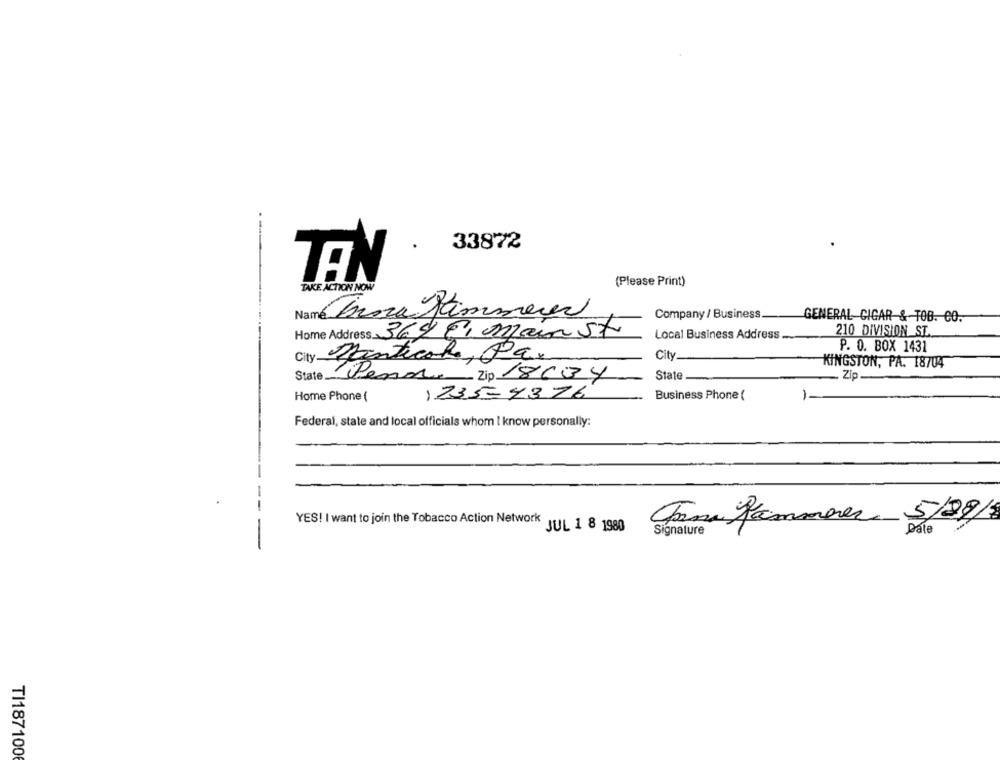
33872
TEN
TAKE ACTION NOW
(Please Print)
Name Brera Sammeer
Company / Business.
GENERAL CIGAR & TOB. CO.
Home Address 3698/ main st
210 DIVISION ST.
Local Business Address ..
P. O. BOX 1431
City Ranticake, Pax
City.
KINGSTON, PA. 18704
State.
Pena. Zip 18604
State
Zip
)235-4376
Business Phone (
Home Phone (
1-
Federal, state and local officials whom I know personally:
-
Chama Kammerer 5/09/8
YES! I want to join the Tobacco Action Network JUL 1 8 1980
Signature
Date
TI187100